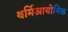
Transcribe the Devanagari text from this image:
थर्मिआयोनिक